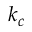
k _ { c }